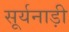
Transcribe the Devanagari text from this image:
सूर्यनाड़ी